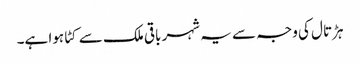
ہڑتال کی وجہ سے یہ شہر باقی ملک سے کٹا ہوا ہے۔